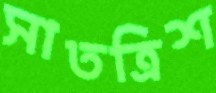
সাতত্রিশ